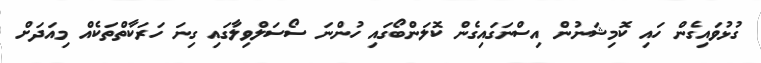
ގުޅުވައިގެން ހައި ކޮމިޝަނުން އިސްނަގައިގެން ކޮލަންބޯގައި ހުންނަ ސޯސަލްވިލާގައި ގިނަ ހަރަކާތްތަކެއް މިއަދަށް